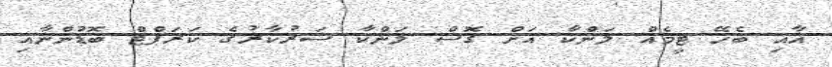
އާއި ބެހޭ ޓީމެއް ލަންކާ އަށް ގޮސް ލަންކާ ސަރުކާރުގެ ކަރަޕްޓް ބޮޑުންނާއި